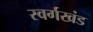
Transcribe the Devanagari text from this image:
स्वर्गखंड